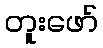
တူးဖော်